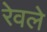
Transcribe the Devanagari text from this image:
रेवले